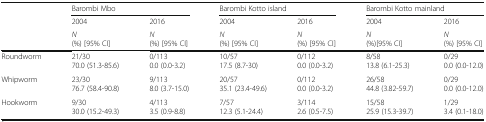
<table><thead><tr><td rowspan="3"></td><td colspan="2"><b>Barombi Mbo</b></td><td colspan="2"><b>Barombi Kotto island</b></td><td colspan="2"><b>Barombi Kotto mainland</b></td></tr><tr><td><b>2004</b></td><td><b>2016</b></td><td><b>2004</b></td><td><b>2016</b></td><td><b>2004</b></td><td><b>2016</b></td></tr><tr><td><b><i>N</i>(%) [95% CI]</b></td><td><b><i>N</i>(%) [95% CI]</b></td><td><b><i>N</i>(%) [95% CI]</b></td><td><b><i>N</i>(%) [95% CI]</b></td><td><b><i>N</i>(%)[95% CI]</b></td><td><b><i>N</i>(%) [95% CI]</b></td></tr></thead><tbody><tr><td>Roundworm</td><td>21/3070.0 (51.3-85.6)</td><td>0/1130.0 (0.0-3.2)</td><td>10/5717.5 (8.7-30)</td><td>0/1120.0 (0.0-3.2)</td><td>8/5813.8 (6.1-25.3)</td><td>0/290.0 (0.0-12.0)</td></tr><tr><td>Whipworm</td><td>23/3076.7 (58.4-90.8)</td><td>9/1138.0 (3.7-15.0)</td><td>20/5735.1 (23.4-49.6)</td><td>0/1120.0 (0.0-3.2)</td><td>26/5844.8 (3.82-59.7)</td><td>0/290.0 (0.0-12.0)</td></tr><tr><td>Hookworm</td><td>9/3030.0 (15.2-49.3)</td><td>4/1133.5 (0.9-8.8)</td><td>7/5712.3 (5.1-24.4)</td><td>3/1142.6 (0.5-7.5)</td><td>15/5825.9 (15.3-39.7)</td><td>1/293.4 (0.1-18.0)</td></tr></tbody></table>